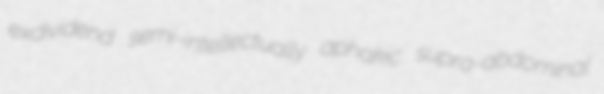
exdividend semi-intellectually aphakic supra-abdominal